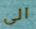
الى